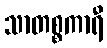
သာတစ္စကာရီ